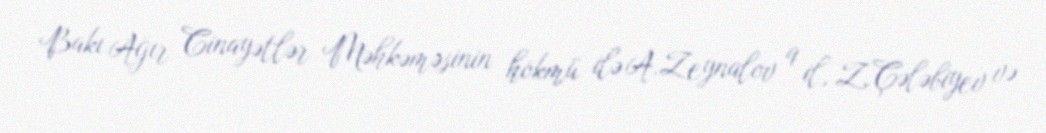
Bakı Ağır Cinayətlər Məhkəməsinin hökmü ilə A.Zeynalov 9 il, Z.Çələbiyev və